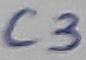
Text: C3